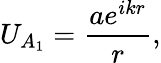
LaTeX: U_{A_{1}}={\frac{ae^{ikr}}{r}},